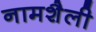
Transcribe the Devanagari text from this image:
नामशैली